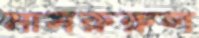
মাসরুরুল